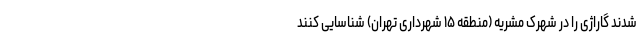
شدند گاراژی را در شهرک مشریه (منطقه ۱۵ شهرداری تهران) شناسایی کنند